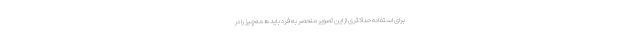
برای استفاده حداکثری از این تصویر منحصر به فرد باید همه‌چیز را در